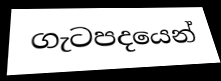
ගැටපදයෙන්